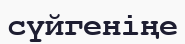
сүйгеніңе